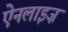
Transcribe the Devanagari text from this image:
ऐनलाइज़